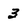
Character: 3